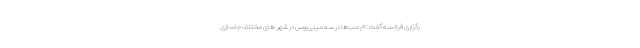
رگزاری فرانسه گفت: «بمب‌ها در سه مینی‌بوس در شهر های مختلف جاسازی